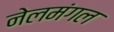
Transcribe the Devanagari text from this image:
नेलमंगल